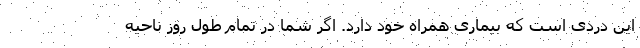
این دردی است که بیماری همراه خود دارد. اگر شما در تمام طول روز ناحیه